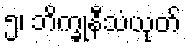
၅၊ ဘိက္ခုနီသံယုတ်